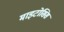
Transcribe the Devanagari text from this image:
माइटोसिस